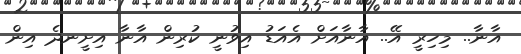
އާނާ.. މިހިރީ އޭ.. އާނާއަށް އެއަޑު އިވުނީ ކުރިން އާނާ އިށީނދެ އިން